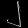
Digit: ၂